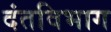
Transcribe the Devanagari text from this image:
दंतविभाग